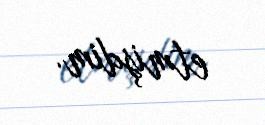
etmişdim.